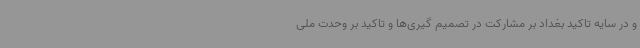
و در سایه تاکید بغداد بر مشارکت در تصمیم گیری‌ها و تاکید بر وحدت ملی